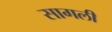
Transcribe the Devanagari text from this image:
सागली